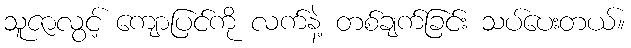
သူဇာလွင့် ကျောပြင်ကို လက်နဲ့ တစ်ချက်ခြင်း သပ်ပေးတယ်။